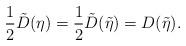
LaTeX: \begin{align*}\frac{1}{2}\tilde{D}(\eta)=\frac{1}{2}\tilde{D}(\tilde{\eta})=D(\tilde{\eta}).\end{align*}